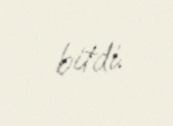
bitdi.